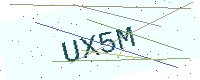
Text: UX5M